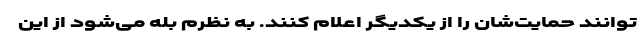
توانند حمایت‌شان را از یکدیگر اعلام کنند. به نظرم بله می‌شود از این